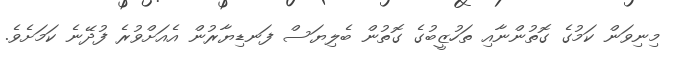
މިނިވަން ކަމުގެ ގޮތުންނާއި ތަހުޒީބުގެ ގޮތުން ބެލިޔަސް ފަނޑިޔާރުން އެއަށްވުރެ ފުދޭނެ ކަމަށެވެ.